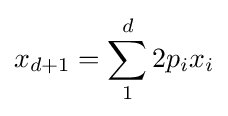
x_{d+1}=\sum _{1}^{d}2p_{i}x_{i}